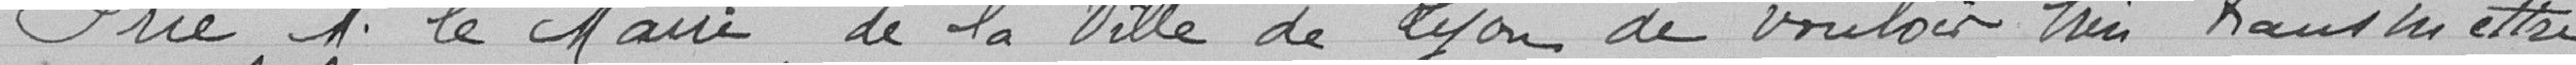
Prie M. le Maire de la Ville de Lyon de vouloir bien transmettre